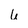
Character: u